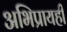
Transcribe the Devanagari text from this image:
अभिप्रायही